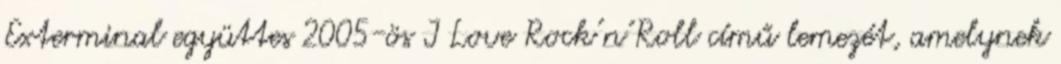
Exterminal együttes 2005-ös I Love Rock’n’Roll című lemezét, amelynek